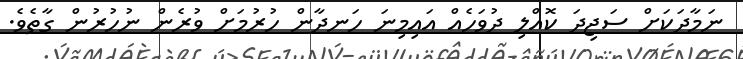
ނަމާދަކަށް ސަޖިދަ ކޮއްލި ދުވަހެއް އައިމިނަ ހަނދާން ހުރުމަށް ވުރެން ނުހުރުން ގާތެވެ.